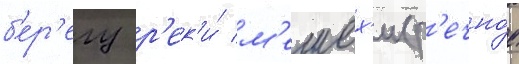
б'ер'егу р'ек'и́ м'ешех'и (р'ечно́е